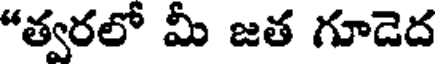
"త్వరలో మీ జత గూడెద